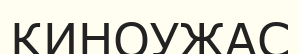
КИНОУЖАС